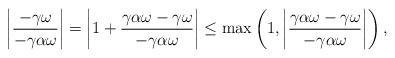
LaTeX: \begin{align*}\left|\dfrac{-\gamma \omega}{-\gamma \alpha \omega}\right|&=\left|1+\dfrac{\gamma \alpha \omega-\gamma \omega}{-\gamma\alpha \omega}\right| \leq \max \left(1,\left|\dfrac{\gamma \alpha \omega - \gamma \omega}{- \gamma \alpha \omega}\right| \right),\end{align*}